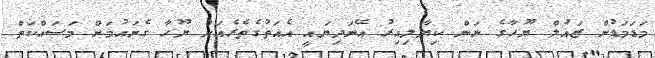
މަޑަމަޑުން ޒައުލް ޔޫހާގެ ނަން ކިޔާލިއިރު އޭނަދިޔައީ އެއަތުގެތެރެއަށް ޔޫހާ ގެނައުމަށް މަސައްކަތް